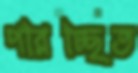
পরিচ্ছিত